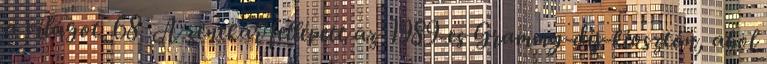
a világot. 68 A zenekar fellépett az 1989-es Grammy-díj-kiosztón, ahol